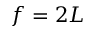
f = 2 L